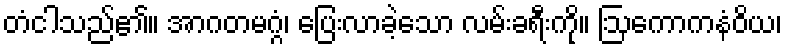
တံငါသည်၏။ အာဂတမဂ္ဂံ၊ ပြေးလာခဲ့သော လမ်းခရီးကို။ ဩကောကနံဝိယ၊